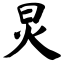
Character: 炅